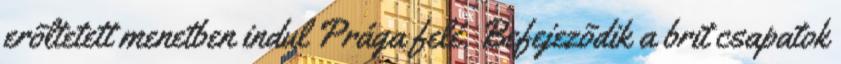
erõltetett menetben indul Prága felé. Befejezõdik a brit csapatok